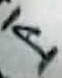
Text: 14